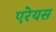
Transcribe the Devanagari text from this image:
एरेयस